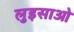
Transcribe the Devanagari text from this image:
लुइसाओ